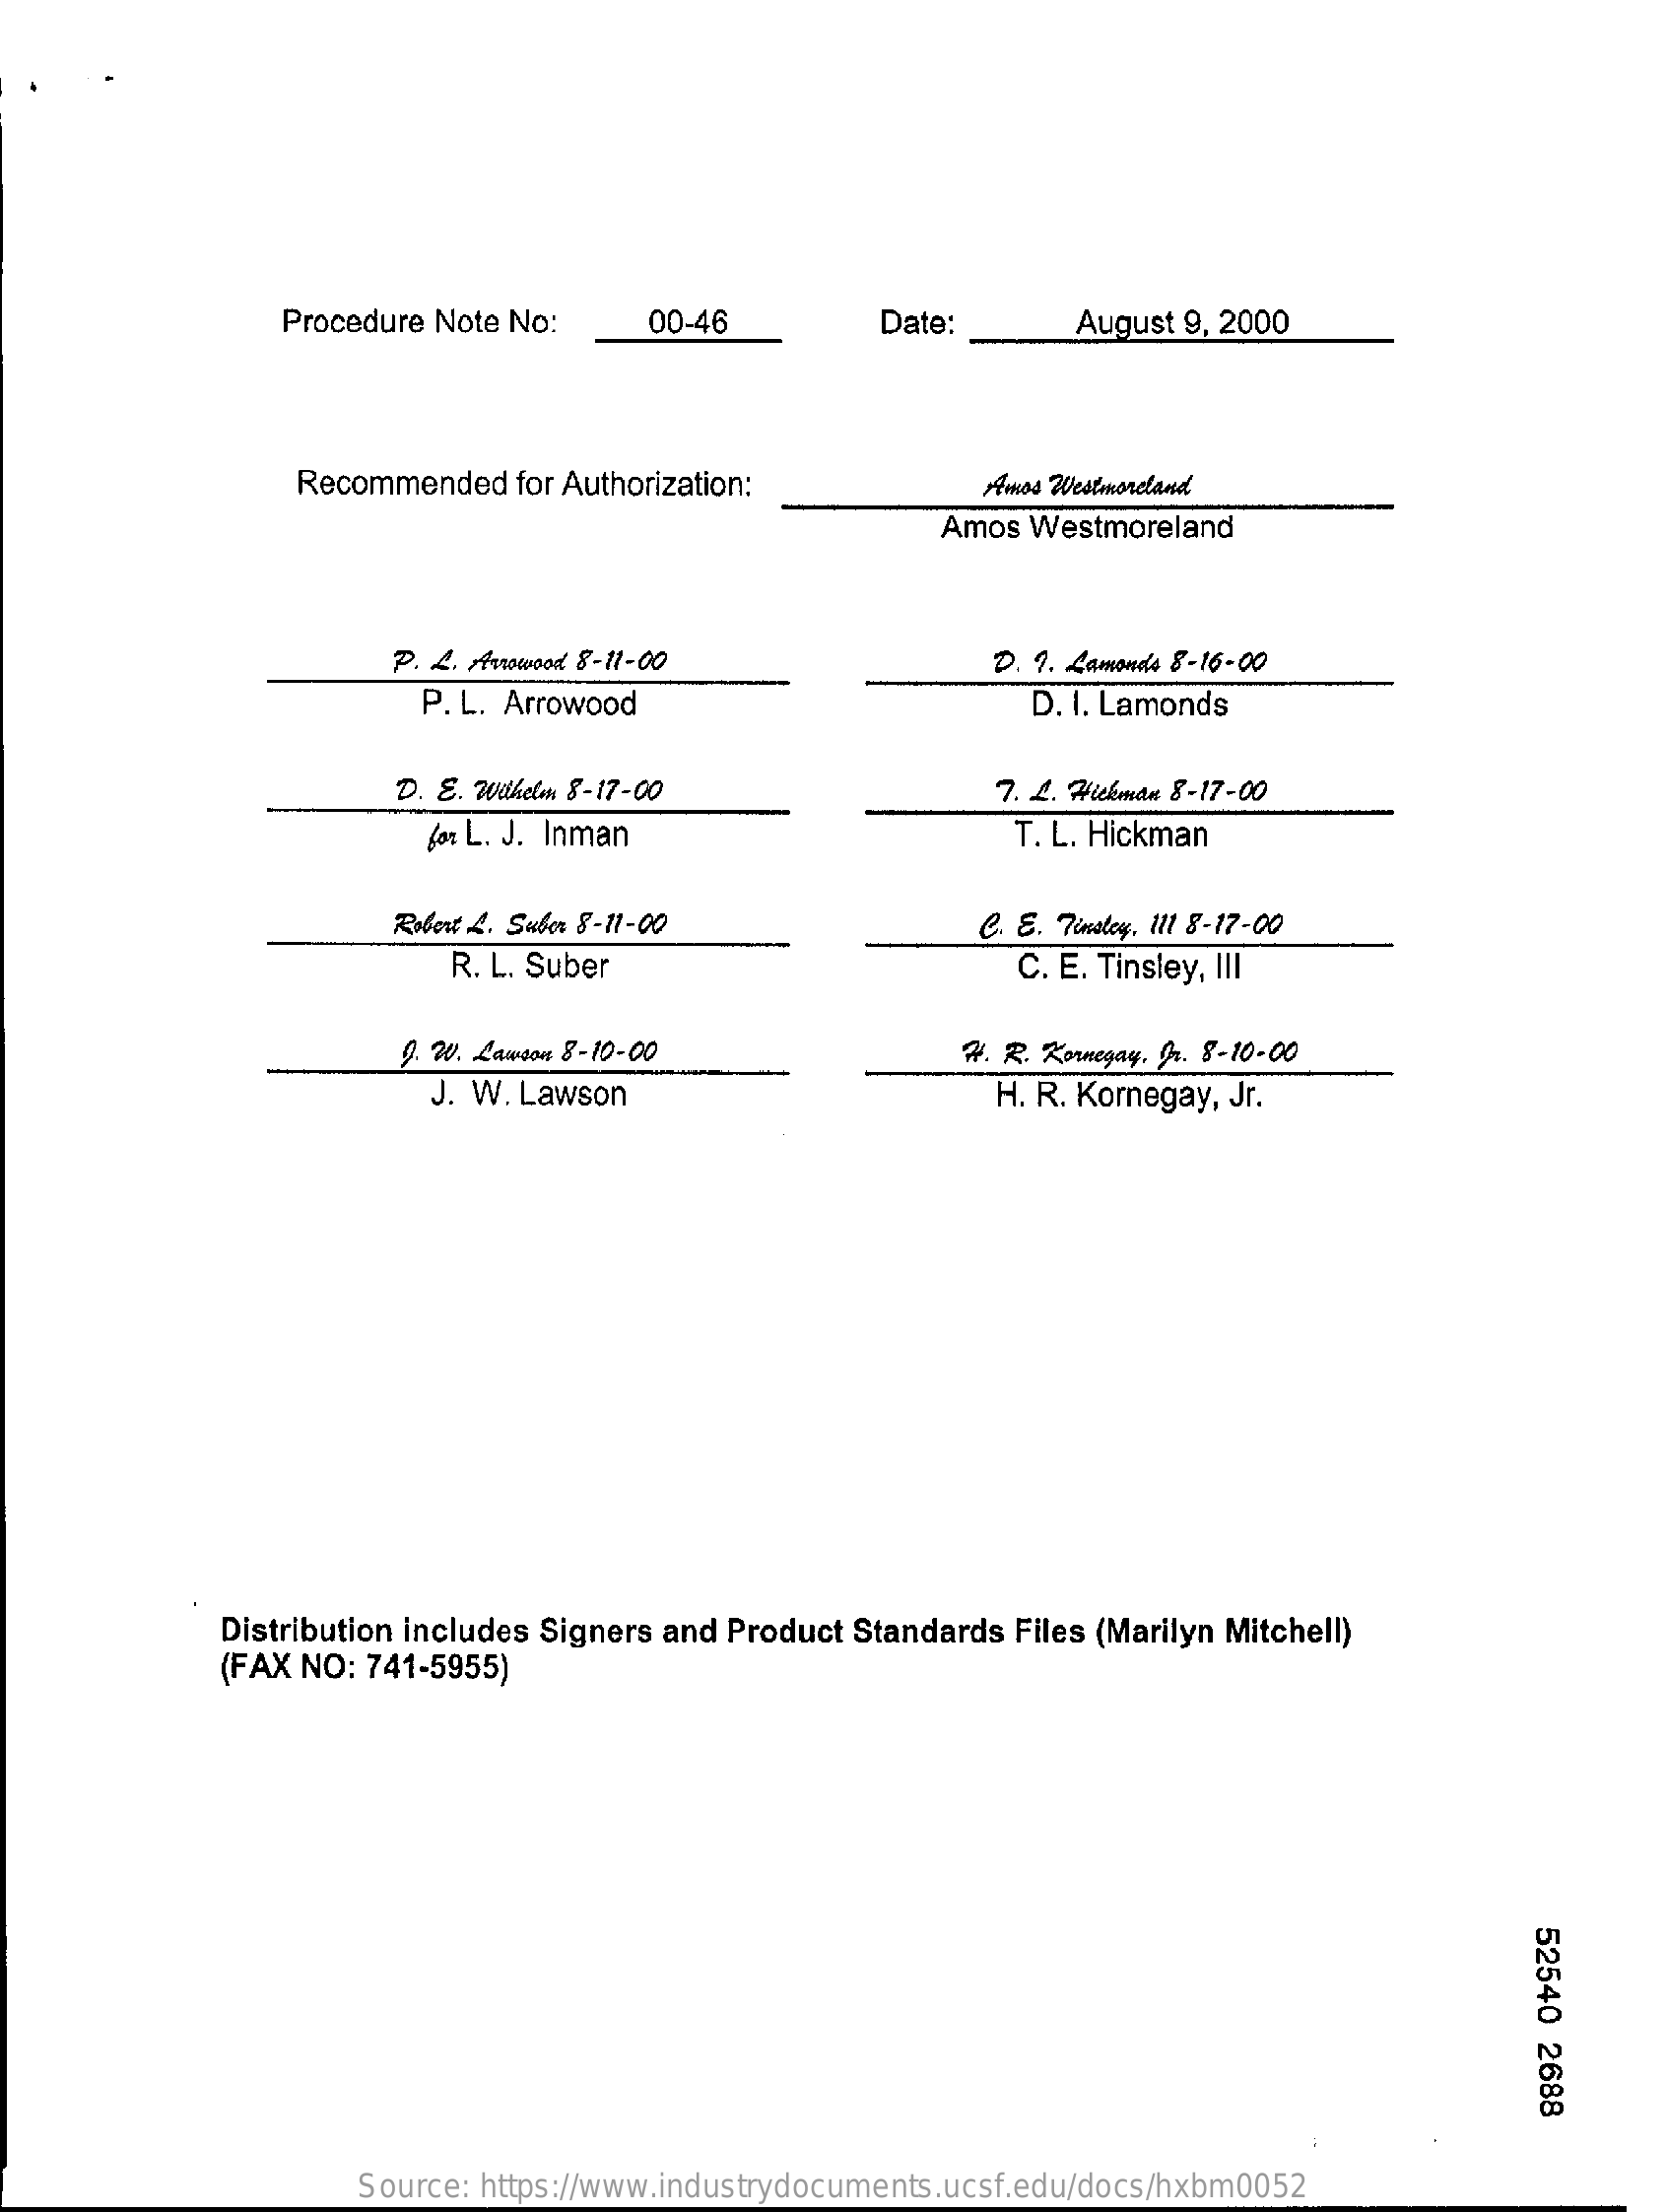
Procedure Note No:    00-46    Date:    August 9, 2000
     Recommended  for Authorization:    Amos Westmoreland
     Amos Westmoreland
     P. L. Anowood 8-11-00    D. 1. Lamonds 8-16-00
     P. L. Arrowood    D. I. Lamonds
     D. E. Wilhelm 8-17-00    7. 4. Hickman 8-17-00
     Jo% L. J. Inman    T. L. Hickman
     Robert 2. Subor 8-11-00    C. E. Tinsley, 111 8-17-00
     R. L. Suber    C. E. Tinsley, III
     9. 20. LLawson 8-10-00    W. R. Kommegay. Dr. 8-10-00
     J. W. Lawson    H. R. Kornegay, Jr.
     Distribution includes Signers and Product Standards Files (Marilyn Mitchell)
     (FAX NO: 741-5955)
     52540
     2688
     Source: https://www.industrydocuments.ucsf.edu/docs/hxbm0052